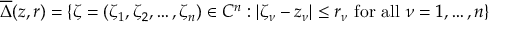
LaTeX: { \overline { { \Delta } } } ( z , r ) = \{ \zeta = ( \zeta _ { 1 } , \zeta _ { 2 } , \dots , \zeta _ { n } ) \in C ^ { n } : \left| \zeta _ { \nu } - z _ { \nu } \right| \leq r _ { \nu } { \mathrm { ~ f o r ~ a l l ~ } } \nu = 1 , \dots , n \}